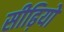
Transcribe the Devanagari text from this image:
सीढ़ियों